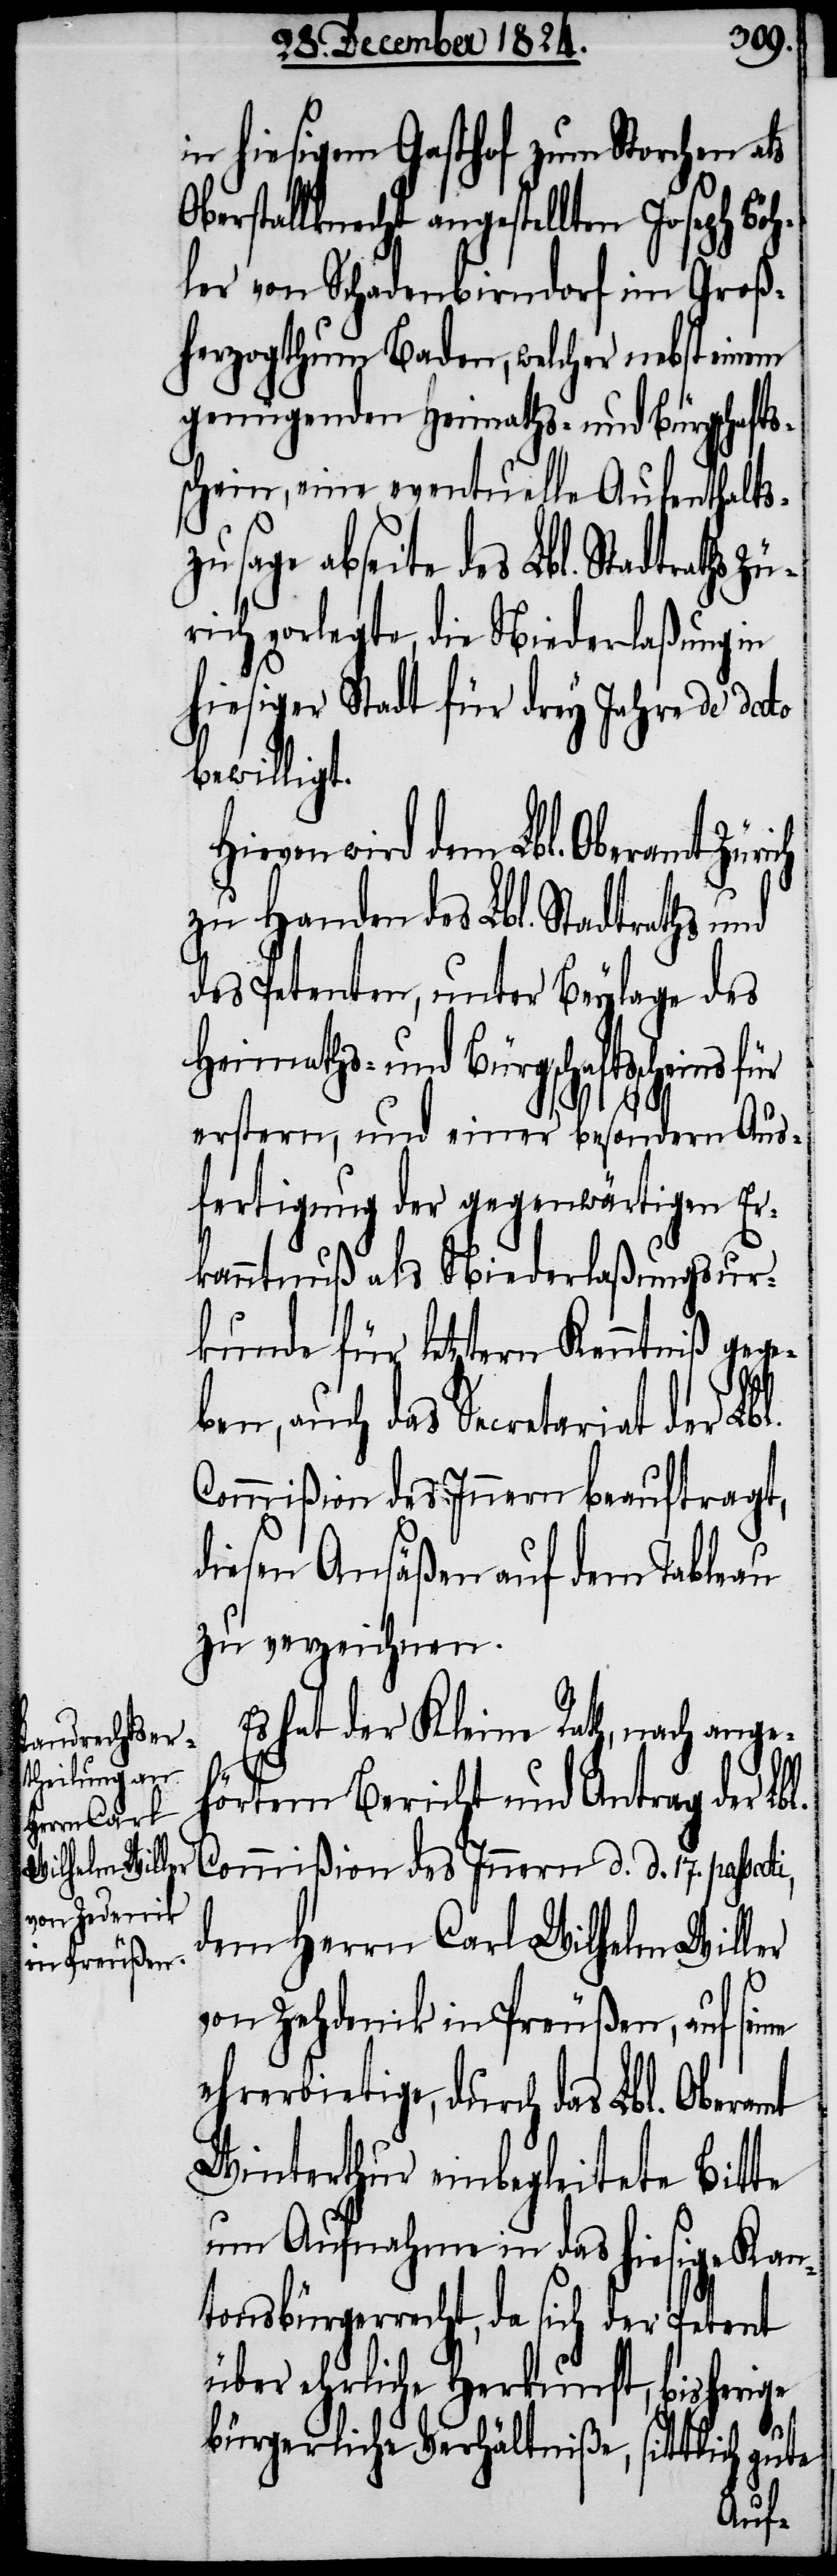
in hiesigem Gasthof zum Storchen a¬
berstallknecht angestellten Joseph Böh¬
ler von Schadenbirndorf im Groß¬
herzogthum Baden, welcher nebst einem
genügenden Heimaths- und Bürgschafts¬
schein, eine eventuelle Aufenthalts¬
abseite des Lbl. Stadtraths Zü¬
rich vorlegte, die Niederlaßung in
hiesiger Stadt für drey Jahre de dato
bewilligt.
ievon wird dem Lbl. Oberamt
zu Handen des Lbl. Stadtraths und
des Petenten, unter Beylage des
Heimaths- und Bürgschaftsscheins
ssati,
erstern, und einer besondern Aus¬
fertigung der gegenwärtigen Er¬
kanntnuß als Niederlaßungsur¬
kunde für letztern Kenntniß gege¬
ben, auch das Secretariat der Lbl.
Commißion des Innern beauftragt,
diesen Ansäßen auf dem Tableau
zu verzeichnen.
Es hat der Kleine Rath, nach ange¬
hörtem Bericht und Antrag der Lbl.
Commißion des Innern d. d. 17. pa¬
dem Herrn Carl Wilhelm Willer
ne
von Zehdenik in Preußen, auf sei¬
ehrerbietige, durch das Lbl. Oberamt
Winterthur einbegleitete Bitte
um Aufnahme in das hiesige Kan¬
tonsbürgerrecht, da sich der Petent
über ehrliche Herkunft, bisherige
bürgerliche Verhältniße, sittlich gute